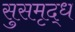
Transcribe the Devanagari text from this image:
सुसमृद्ध